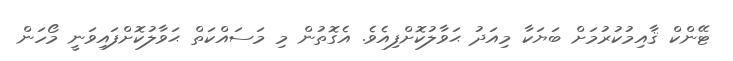
ޓޭންކް ޤާއިމުކުރުމަށް ބަޔަކާ މިއަދު ޙަވާލުކޮށްފިއެވެ. އެގޮތުން މި މަސައްކަތް ޙަވާލުކޮށްފައިވަނީ މޯހަން